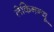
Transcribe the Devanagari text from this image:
लेकिनन्यू